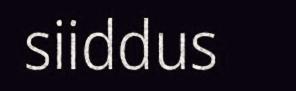
siiddus